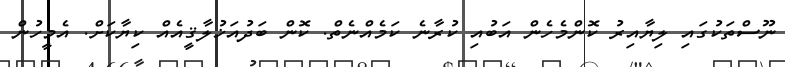
ނޫސްތަކުގައި ލިޔާއިރު ކޮންމެހެން އަބުއި ކުރާނެ ކަމެއްނެތް. ކޮން ބަދުއަޚުލާޤީއެއް ކިޔާކަށް. އެމީހުން